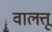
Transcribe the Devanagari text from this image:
वालत्तू